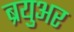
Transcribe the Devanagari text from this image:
ब्रयुअर